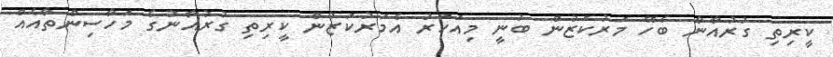
ކީރިތި ގުރުއާނާ ބެހޭ މަރުކަޒުން ބުނީ މިއަހަރު އެމަރުކަޒުން ކީރިތި ގުރުއާނުގެ މަހާސިންތާއެއް